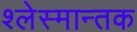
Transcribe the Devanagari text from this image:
श्लेस्मान्तक